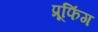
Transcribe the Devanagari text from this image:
प्रूफिंग